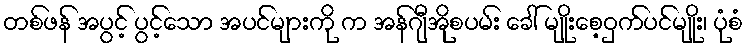
တစ်ဖန် အပွင့် ပွင့်သော အပင်များကို က အန်ဂျီအိုစပမ်း ခေါ် မျိုးစေ့ဝှက်ပင်မျိုး၊ ပုံစံ